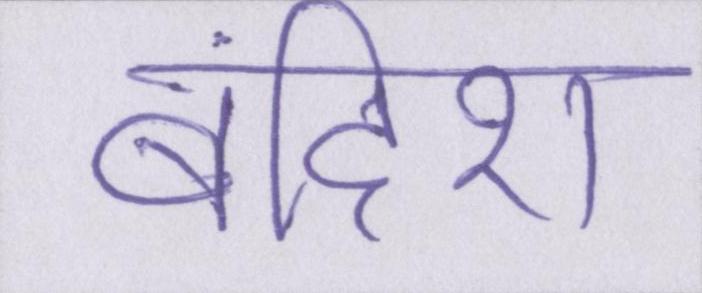
बंदिश